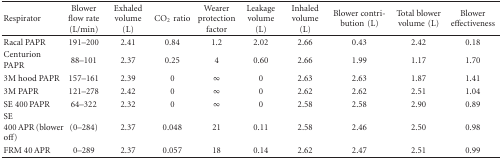
<table><thead><tr><td><b>Respirator</b></td><td><b>Blower flow rate (L/min)</b></td><td><b>Exhaled volume (L)</b></td><td><b>CO<sub>2</sub>ratio</b></td><td><b>Wearer protection factor</b></td><td><b>Leakage volume (L)</b></td><td><b>Inhaled volume (L)</b></td><td><b>Blower contribution(L)</b></td><td><b>Total blower volume(L)</b></td><td><b>Blower effectiveness</b></td></tr></thead><tbody><tr><td>Racal PAPR</td><td>191–200</td><td>2.41</td><td>0.84</td><td>1.2</td><td>2.02</td><td>2.66</td><td>0.43</td><td>2.42</td><td>0.18</td></tr><tr><td>Centurion PAPR</td><td>88–101</td><td>2.37</td><td>0.25</td><td>4</td><td>0.60</td><td>2.66</td><td>1.99</td><td>1.17</td><td>1.70</td></tr><tr><td>3M hood PAPR</td><td>157–161</td><td>2.39</td><td>0</td><td><i>∞</i></td><td>0</td><td>2.63</td><td>2.63</td><td>1.87</td><td>1.41</td></tr><tr><td>3M PAPR</td><td>121–278</td><td>2.42</td><td>0</td><td><i>∞</i></td><td>0</td><td>2.62</td><td>2.62</td><td>2.51</td><td>1.04</td></tr><tr><td>SE 400 PAPR</td><td>64–322</td><td>2.32</td><td>0</td><td><i>∞</i></td><td>0</td><td>2.58</td><td>2.58</td><td>2.90</td><td>0.89</td></tr><tr><td>SE 400 APR (blower off)</td><td>(0–284)</td><td>2.37</td><td>0.048</td><td>21</td><td>0.11</td><td>2.58</td><td>2.46</td><td>2.50</td><td>0.98</td></tr><tr><td>FRM 40 APR</td><td>0–289</td><td>2.37</td><td>0.057</td><td>18</td><td>0.14</td><td>2.62</td><td>2.47</td><td>2.51</td><td>0.99</td></tr></tbody></table>